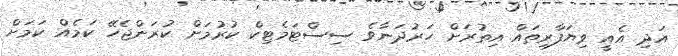
އަދި އެއީ ވިޔަފާރިތައް އިތުރަށް ހަރުދަނާވެ ސިސްޓަމެޓިކް ކުރުމަށް ކުރަންޖެހޭ ކަމެއް ކަމަށް